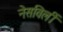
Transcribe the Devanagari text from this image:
नेसविलीं